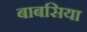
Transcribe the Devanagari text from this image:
बाबसिया